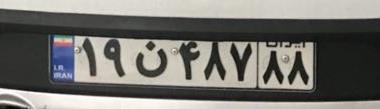
۱۹ن۴۸۷۸۸